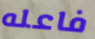
فاعله